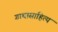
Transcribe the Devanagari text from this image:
गाथासाहित्य